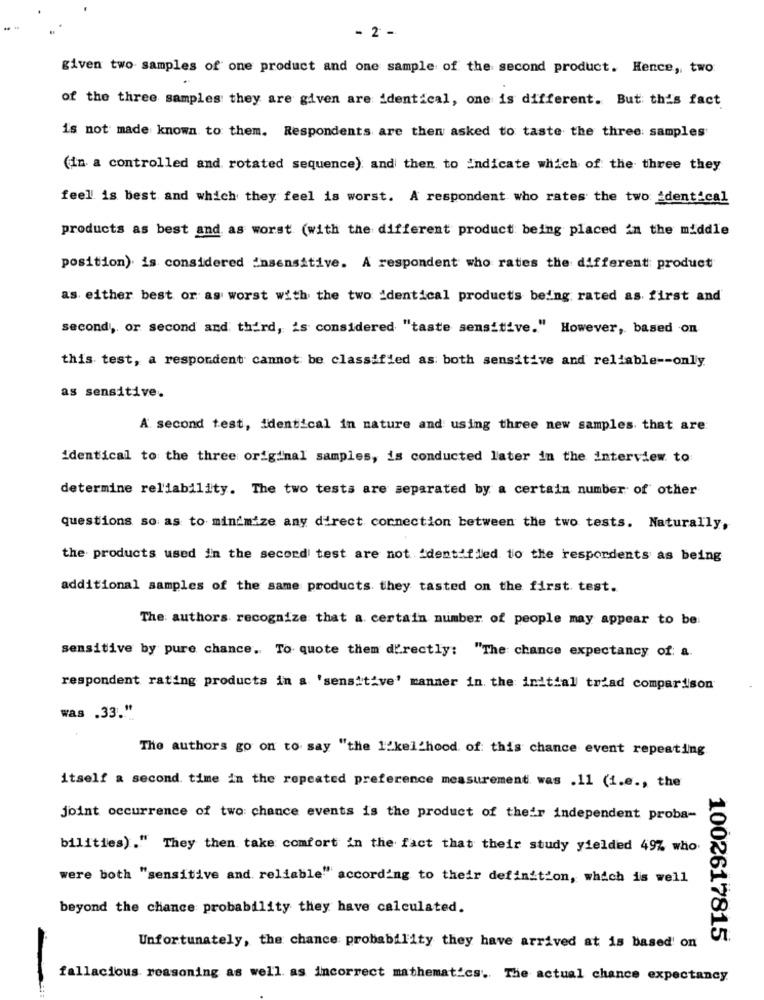
- 2 -
given two samples of one product and one sample of the second product. Hence, two
of the three samples they are given are identical, one is different. But this fact
is not made known to them. Respondents are then asked to taste the three samples
(in a controlled and rotated sequence) and then to Indicate which of the three they
feel is best and which they feel is worst. A respondent who rates the two identical
products as best and as worst (with the different product being placed in the middle
position) is considered insensitive. A respondent who rates the different product
as either best or as worst with the two identical products being rated as first and
second, or second and third, is considered "taste sensitive." However, based on
this test, a respondent cannot be classified as both sensitive and reliable -- only
as sensitive.
A second test, identical in nature and using three new samples that are
identical to the three original samples, is conducted later in the interview to
determine reliability. The two tests are separated by a certain number of other
questions so as to minimize any direct connection between the two tests. Naturally,
the products used in the second test are not 'dentified to the respordents as being
additional samples of the same products they tasted on the first test.
The authors recognize that a certain number of people may appear to be:
sensitive by pure chance. To quote them d''rectly: "The chance expectancy of: a.
respondent rating products in a 'sensitive' manner in the initial triad comparison
was .33."
The authors go on to say "the 1'kel hood of this chance event repeating
itself a second time in the repeated preference measurement was .11 (1.e ., the
joint occurrence of two: chance events is the product of their independent proba-
bilities)." They then take comfort in the fact that their study yielded 49% who.
were both "sensitive and reliable" according to their definition, which is well
beyond the chance probability they have calculated.
1002617815
Unfortunately, the chance probability they have arrived at is based' on
fallacious reasoning as well as incorrect mathematics. The actual chance expectancy